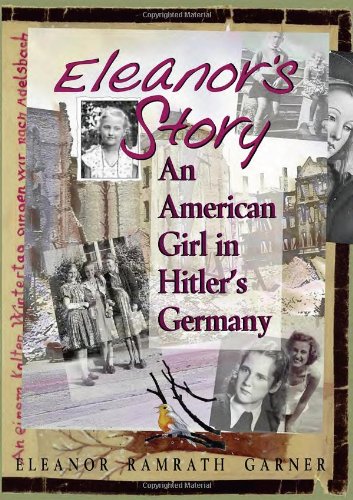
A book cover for Eleanor's Story: An American Girl in Hitler's Germany; Eleanor Ramrath Garner; Children's Books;